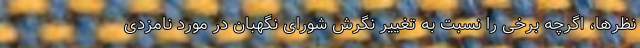
نظرها، اگرچه برخی را نسبت به تغییر نگرش شورای نگهبان در مورد نامزدی